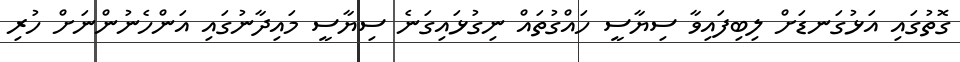
ގޮތުގައި އަޅުގަނޑަށް ލިބިފައިވާ ސިޔާސީ ހައްގުތައް ނިގުޅައިގަނެ ސިޔާސީ މައިދާނުގައި އަންހެނުންނަށް ހުރި